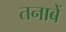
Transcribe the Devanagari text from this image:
तनाबें